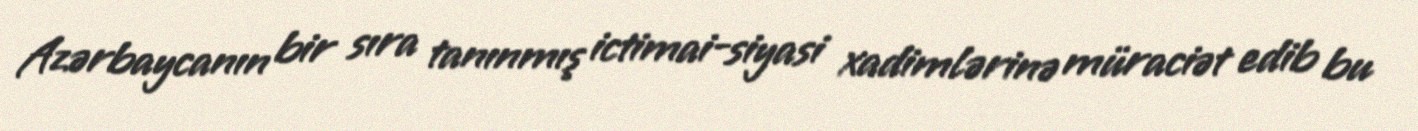
Azərbaycanın bir sıra tanınmış ictimai-siyasi xadimlərinə müraciət edib bu